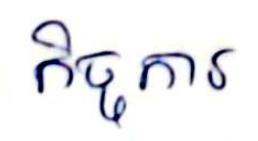
កិច្ចការ